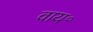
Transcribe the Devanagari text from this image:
वाय॰